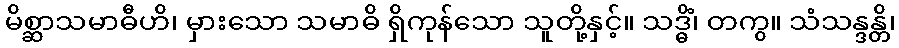
မိစ္ဆာသမာဓီဟိ၊ မှားသော သမာဓိ ရှိကုန်သော သူတို့နှင့်။ သဒ္ဓိံ၊ တကွ။ သံသန္ဒန္တိ၊